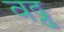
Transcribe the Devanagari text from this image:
वढ्ढ